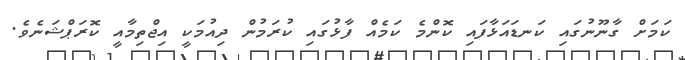
ކަމަށް ގާނޫނުގައި ކަނޑައަޅާފައި ކޮންމެ ކަމެއް ފާޅުގައި ކުރަމުން ދިއުމަކީ އިޖްތިމާއީ ކޮރަޕްޝަނެވެ.